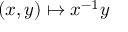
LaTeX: ( x , y ) \mapsto x ^ { - 1 } y